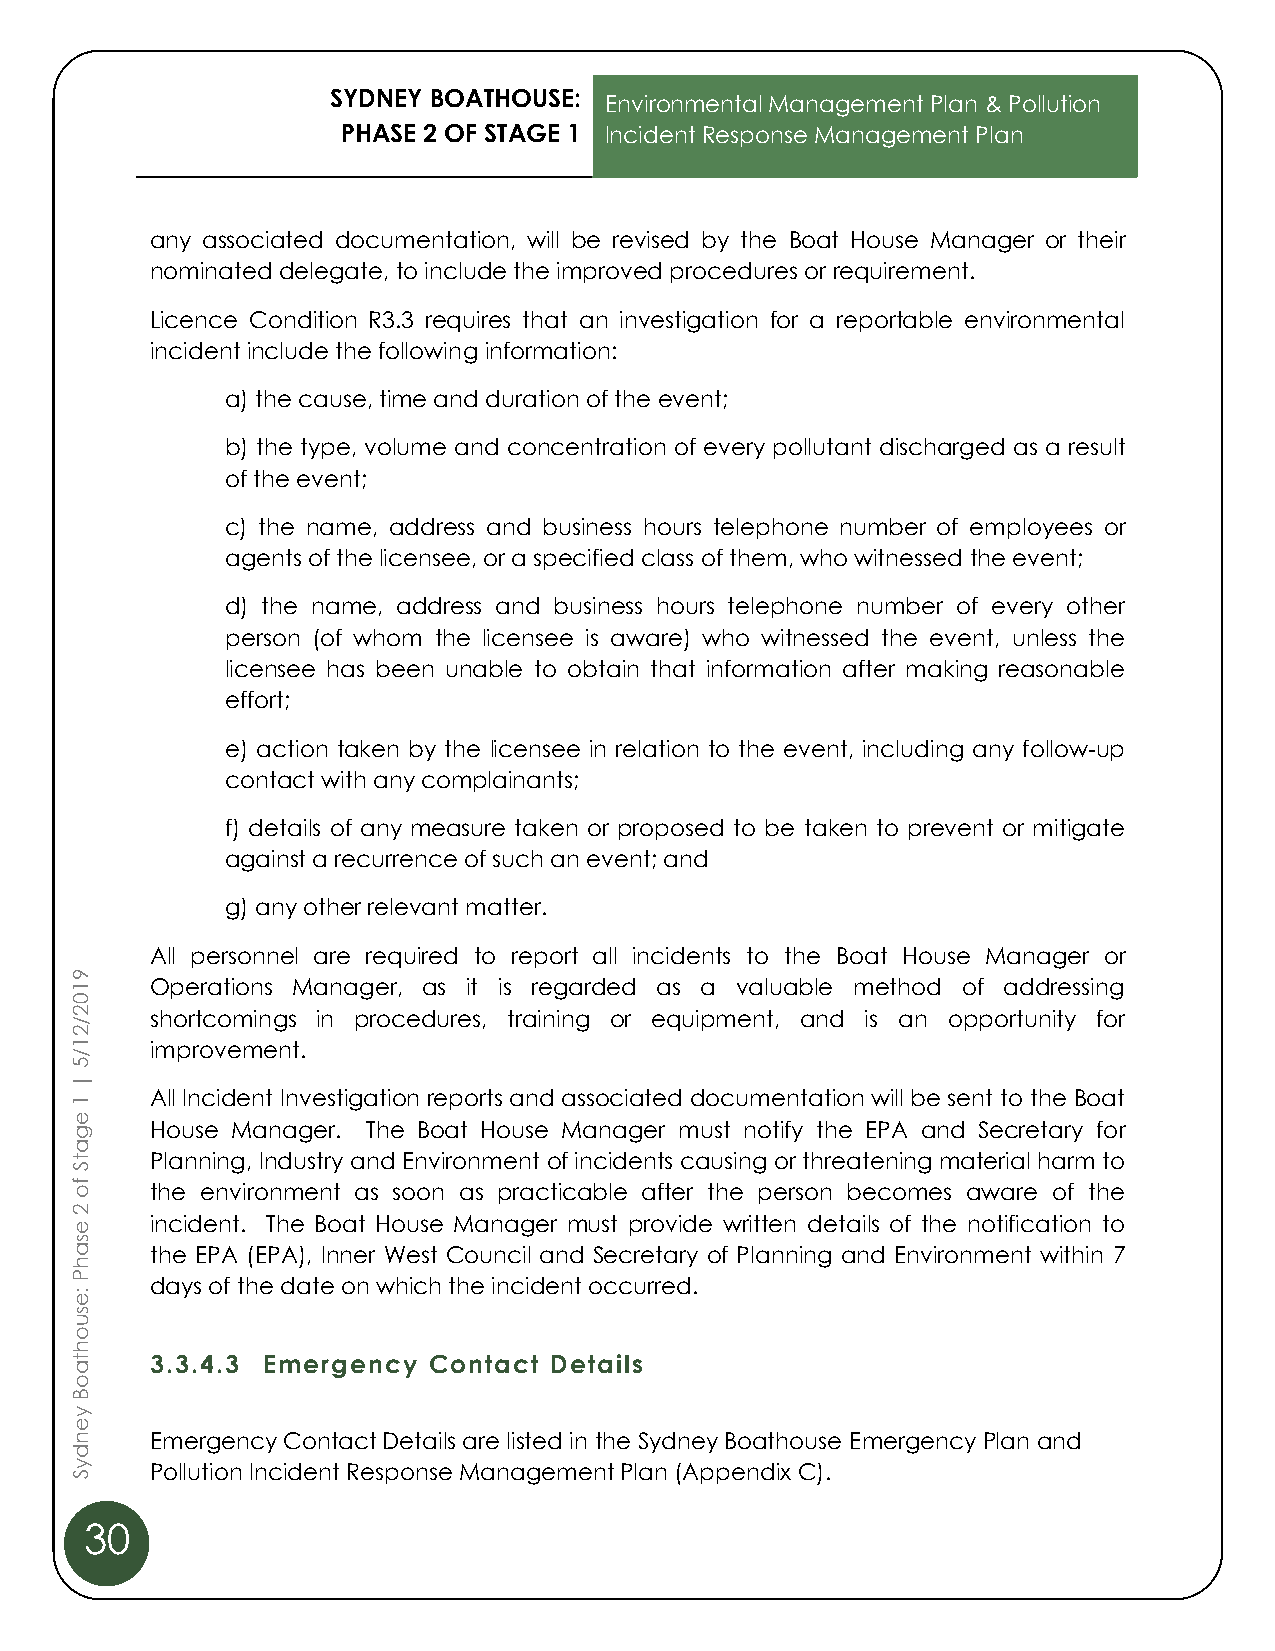
SYDNEY BOATHOUSE:
 Environmental Management Plan & Pollution
 PHASE 2 OF STAGE 1 Incident Response Management Plan
 any associated documentation, will be revised by the Boat House Manager or their
 nominated delegate, to include the improved procedures or requirement.
 Licence Condition R3.3 requires that an investigation for a reportable environmental
 incident include the following information:
 a) the cause, time and duration of the event;
 b) the type, volume and concentration of every pollutant discharged as a result
 of the event;
 c) the name, address and business hours telephone number of employees or
 agents of the licensee, or a specified class of them, who witnessed the event;
 d) the name, address and business hours telephone number of every other
 person (of whom the licensee is aware) who witnessed the event, unless the
 licensee has been unable to obtain that information after making reasonable
 effort;
 e) action taken by the licensee in relation to the event, including any follow-up
 contact with any complainants;
 f) details of any measure taken or proposed to be taken to prevent or mitigate
 against a recurrence of such an event; and
 g) any other relevant matter.
 All personnel are required to report all incidents to the Boat House Manager or
 9
 1    Operations Manager, as it is regarded as a valuable method of addressing
 0
 2    shortcomings in procedures, training or equipment, and is an opportunity for
 /
 2
 1    improvement.
 /
 5
 |
 1    All Incident Investigation reports and associated documentation will be sent to the Boat
 e
 g    House Manager. The Boat House Manager must notify the EPA and Secretary for
 a
 t    Planning, Industry and Environment of incidents causing or threatening material harm to
 S
 f o  the environment as soon as practicable after the person becomes aware of the
 2
 e    incident. The Boat House Manager must provide written details of the notification to
 s
 a    the EPA (EPA), Inner West Council and Secretary of Planning and Environment within 7
 h
 P
 :e
 days of the date on which the incident occurred.
 s
 u
 o
 h
 t    3.3.4.3 Emergency Contact Details
 a
 o
 B
 y
 e
 n    Emergency Contact Details are listed in the Sydney Boathouse Emergency Plan and
 d
 y    Pollution Incident Response Management Plan (Appendix C).
 S
 30